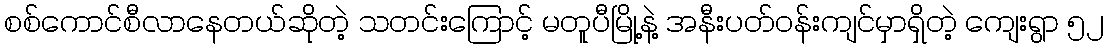
စစ်ကောင်စီလာနေတယ်ဆိုတဲ့ သတင်းကြောင့် မတူပီမြို့နဲ့ အနီးပတ်ဝန်းကျင်မှာရှိတဲ့ ကျေးရွာ ၅၂